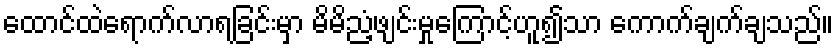
ထောင်ထဲရောက်လာရခြင်းမှာ မိမိညံ့ဖျင်းမှုကြောင့်ဟူ၍သာ ကောက်ချက်ချသည်။